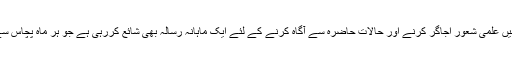
پاکستان میں المحمدیہ سٹوڈنٹس طلباء میں علمی شعور اجاگر کرنے اور حالات حاضرہ سے آگاہ کرنے کے لئے ایک ماہانہ رسالہ بھی شائع کررہی ہے جو ہر ماہ پچاس سے ساٹھ ہزار تک طلباء تک پہنچتا ہے۔